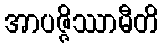
အာပဇ္ဇိဿာမီတိ